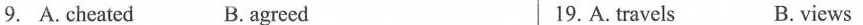
9. A. cheated B. agreed 19. A. travels B. views